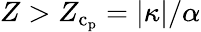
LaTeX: Z>Z_{\mathrm{c}_{\mathrm{p}}}=|\kappa|/\alpha